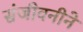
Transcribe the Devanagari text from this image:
संजीवनीने